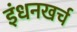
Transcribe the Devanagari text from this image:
इंधनखर्च